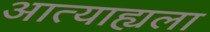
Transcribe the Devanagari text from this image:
आत्याह्यला